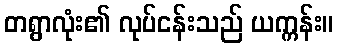
တရွာလုံး၏ လုပ်ငန်းသည် ယက္ကန်း။